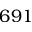
6 9 1